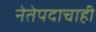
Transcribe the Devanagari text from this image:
नेतेपदाचाही